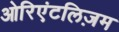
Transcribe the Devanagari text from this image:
ओरिएंटलिज़म